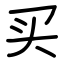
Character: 买